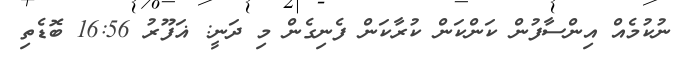
ނުކުމެއް އިންސާފުން ކަންކަން ކުރާކަން ފެނިގެން މި ދަނީ: ޣަފޫރު 16:56 ބޮޑެތި